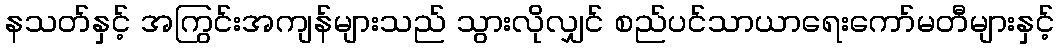
နသတ်နှင့် အကြွင်းအကျန်များသည် သွားလိုလျှင် စည်ပင်သာယာရေးကော်မတီများနှင့်